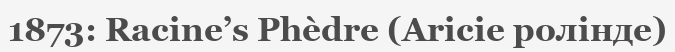
1873: Racine’s Phèdre (Aricie ролінде)